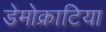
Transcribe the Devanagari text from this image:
डेमोक्राटिया